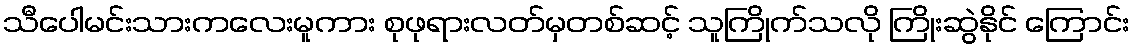
သီပေါမင်းသားကလေးမူကား စုဖုရားလတ်မှတစ်ဆင့် သူကြိုက်သလို ကြိုးဆွဲနိုင် ကြောင်း